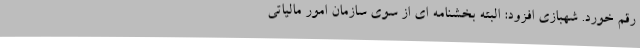
رقم خورد. شهبازی افزود: البته بخشنامه ای از سوی سازمان امور مالیاتی